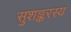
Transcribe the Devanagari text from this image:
सुशङ्करस्य